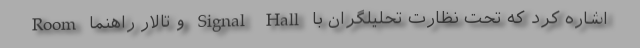
Room و تالار راهنما Signal Hall اشاره کرد كه تحت نظارت تحليلگران با